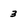
Character: 3